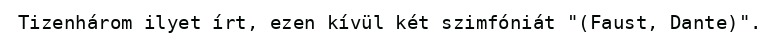
Tizenhárom ilyet írt, ezen kívül két szimfóniát "(Faust, Dante)".